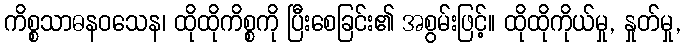
ကိစ္စသာဓနဝသေန၊ ထိုထိုကိစ္စကို ပြီးစေခြင်း၏ အစွမ်းဖြင့်။ ထိုထိုကိုယ်မှု, နှုတ်မှု,